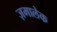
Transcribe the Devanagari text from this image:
ज़मालेक